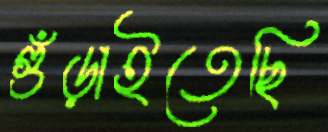
গুঁড়াইতেছি